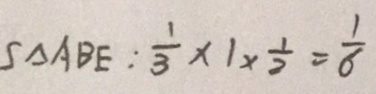
S _ { \Delta A B E } : \frac { 1 } { 3 } \times 1 \times \frac { 1 } { 2 } = \frac { 1 } { 6 }